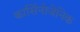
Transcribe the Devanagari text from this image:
कार्सिनोजेनिक